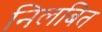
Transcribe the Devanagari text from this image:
निलबित